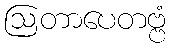
ဩတာပေတဗ္ဗံ